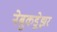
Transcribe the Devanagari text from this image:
नेबुकड्रेझर